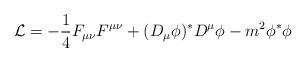
LaTeX: \begin{align*}{\cal L} = - {1\over 4} F_{\mu\nu} F^{\mu\nu} + (D_{\mu}\phi)^{*} D^{\mu}\phi- m^{2}\phi^{*}\phi \end{align*}